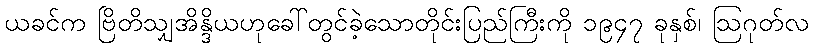
ယခင်က ဗြိတိသျှအိန္ဒိယဟုခေါ်တွင်ခဲ့သောတိုင်းပြည်ကြီးကို ၁၉၄၇ ခုနှစ်၊ ဩဂုတ်လ